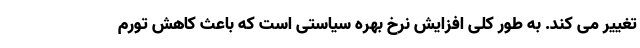
تغییر می کند. به طور کلی افزایش نرخ بهره سیاستی است که باعث کاهش تورم